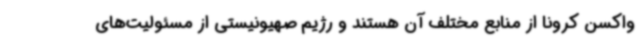
واکسن کرونا از منابع مختلف آن هستند و رژیم صهیونیستی از مسئولیت‌های